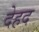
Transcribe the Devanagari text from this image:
देहद